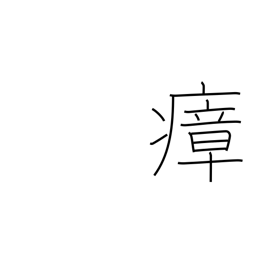
Meaning: miasma